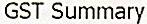
GST SUMMARY